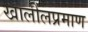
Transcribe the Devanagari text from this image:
खालीलप्रमाण